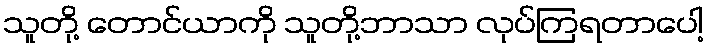
သူတို့ တောင်ယာကို သူတို့ဘာသာ လုပ်ကြရတာပေါ့